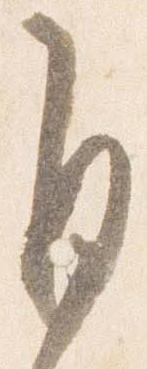
自